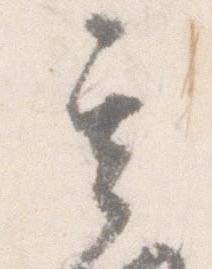
其